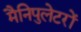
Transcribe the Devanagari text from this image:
मैनिपुलेटरों